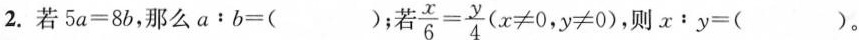
2.若$$5 a = 8 b$$，那么$$a ： b = ( )$$；若 $$\frac { x } { 6 } = \frac { y } { 4 }$$($$x \neq 0$$,$$y \neq 0$$)，则$$x ： y = ( )$$。